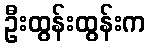
ဦးထွန်းထွန်းက